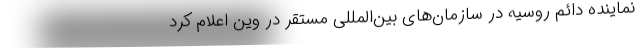
نماینده دائم روسیه در سازمان‌های بین‌المللی مستقر در وین اعلام کرد